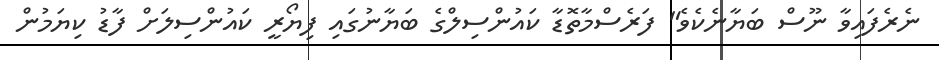
ނެރެފައިވާ ނޫސް ބަޔާނެކެވެ" ފަރެސްމާތޮޑާ ކައުންސިލްގެ ބަޔާނުގައި ފިޔޯރީ ކައުންސިލަށް ފާޑު ކިޔަމުން